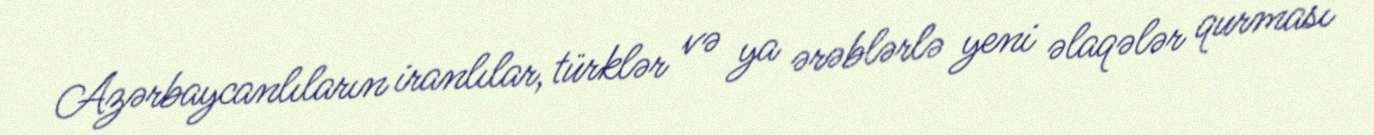
Azərbaycanlıların iranlılar, türklər və ya ərəblərlə yeni əlaqələr qurması